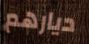
ديارهم